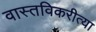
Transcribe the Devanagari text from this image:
वास्तविकरीत्या